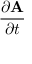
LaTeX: \frac { \partial \mathbf { A } } { \partial t }